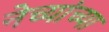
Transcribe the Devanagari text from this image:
नेच्यांच्या